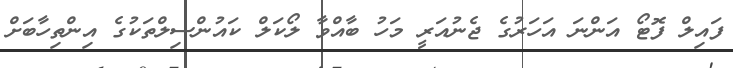
ފައިލް ފޮޓޯ އަންނަ އަހަރުގެ ޖެނުއަރީ މަހު ބާއްވާ ލޯކަލް ކައުންސިލްތަކުގެ އިންތިހާބަށް